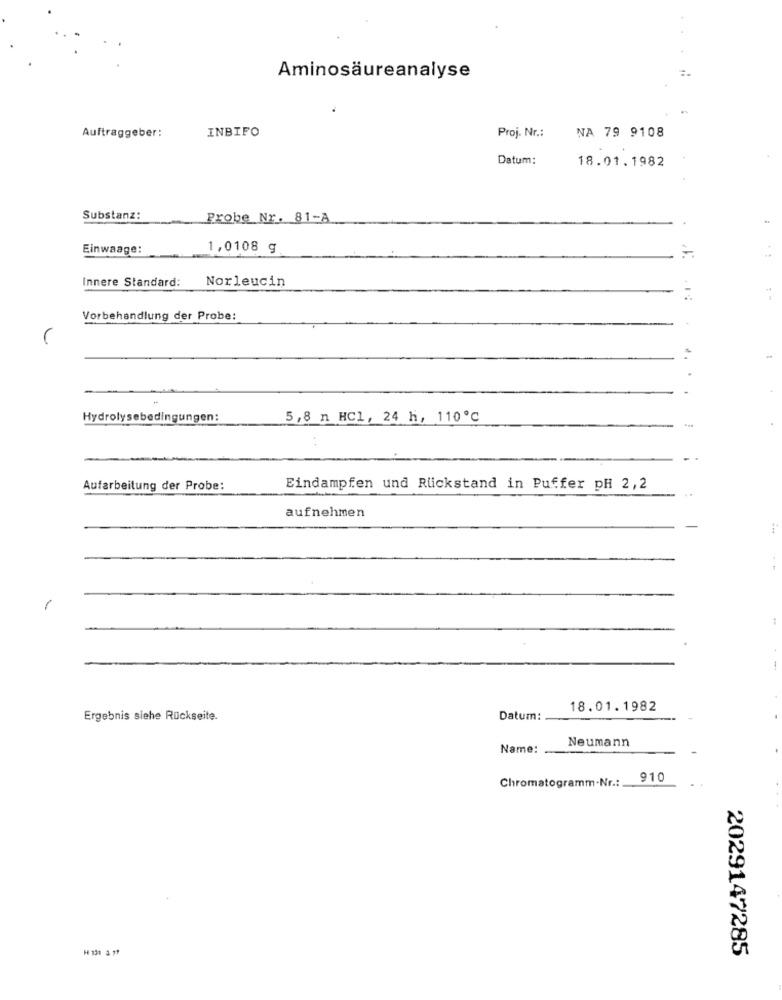
Aminosäureanalyse
INBIFO
NA 79 9108
Auftraggeber:
Proj. Nr .:
Datum:
18.01.1982
Substanz:
Probe Nr. 81-A
Einwaage:
1,0108 g
Innere Standard:
Norleucin
.1:
Vorbehandlung der Probe:
.. .
Hydrolysebedingungen:
5,8 n HC1, 24 h, 110℃
Aufarbeitung der Probe:
Eindampfen und Rückstand in Puffer pH 2,2
aufnehmen
1
18.01.1982
Ergebnis siehe Rückseite.
Datum:
Neumann
Name:
Chromatogramm-Nr .:.
910
H 131 3.11
2029147285